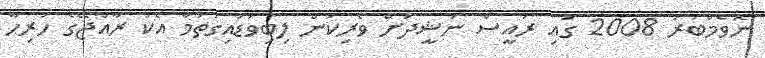
ނޮވެމްބަރު 2008 ގައި ރައީސް ނަޝީދަށް ވެރިކަން ލިބިވަޑައިގަތުމާ އެކު ރާއްޖޭގެ ހުރިހާ